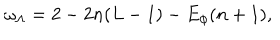
LaTeX: \omega _ { \Lambda } = 2 - 2 n ( L - 1 ) - E _ { \phi } ( n + 1 ) ,